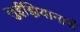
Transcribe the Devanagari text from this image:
लुईझियानाचे